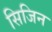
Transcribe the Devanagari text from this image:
सिजिन